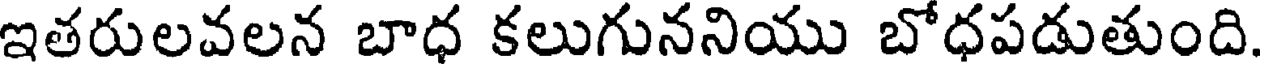
ఇతరులవలన బాధ కలుగుననియు బోధపడుతుంది